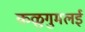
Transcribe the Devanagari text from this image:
कळुगुमलई